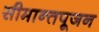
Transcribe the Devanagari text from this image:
सीमान्तपूजन